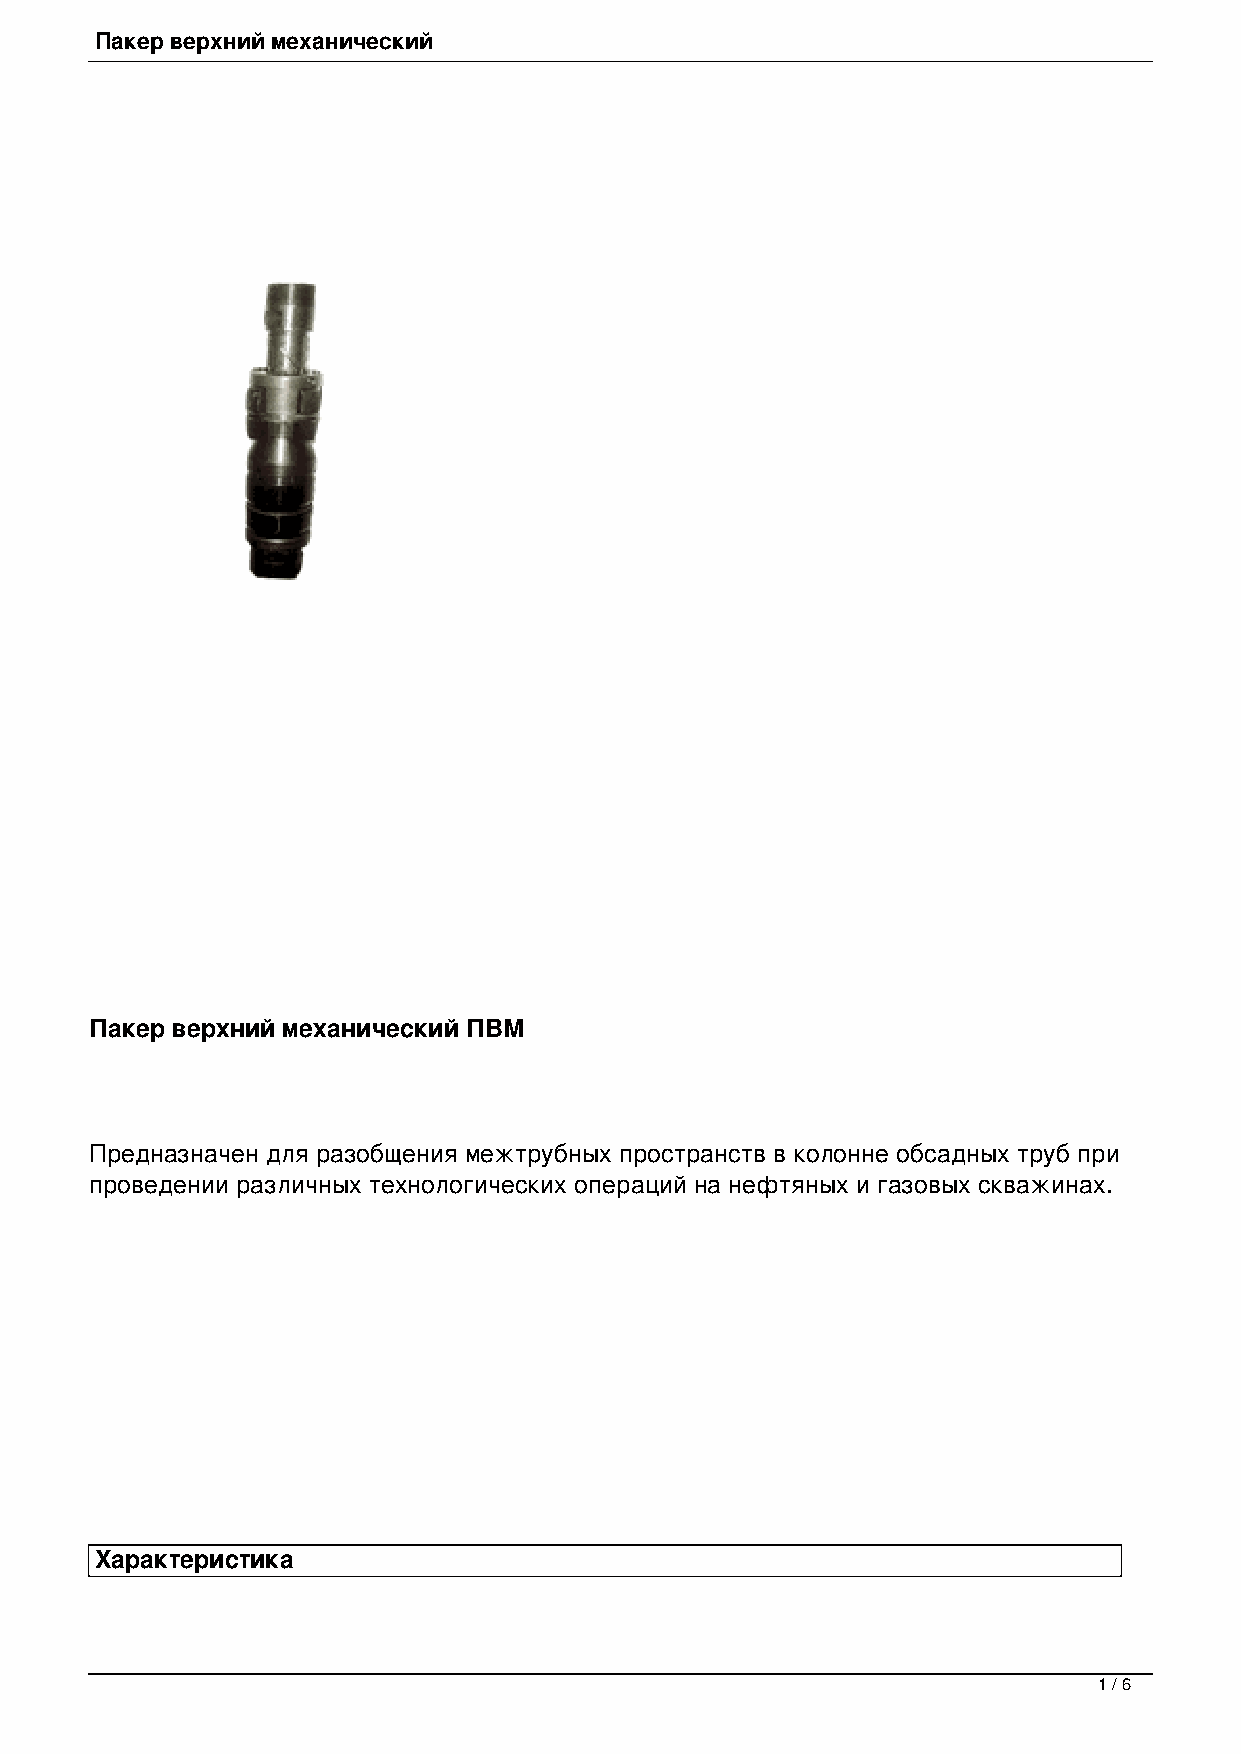
Пакер верхний механический
 Пакер верхний механический ПВМ
 Предназначен для разобщения межтрубных пространств в колонне обсадных труб при
 проведении различных технологических операций на нефтяных и газовых скважинах.
 Характеристика
 1 / 6